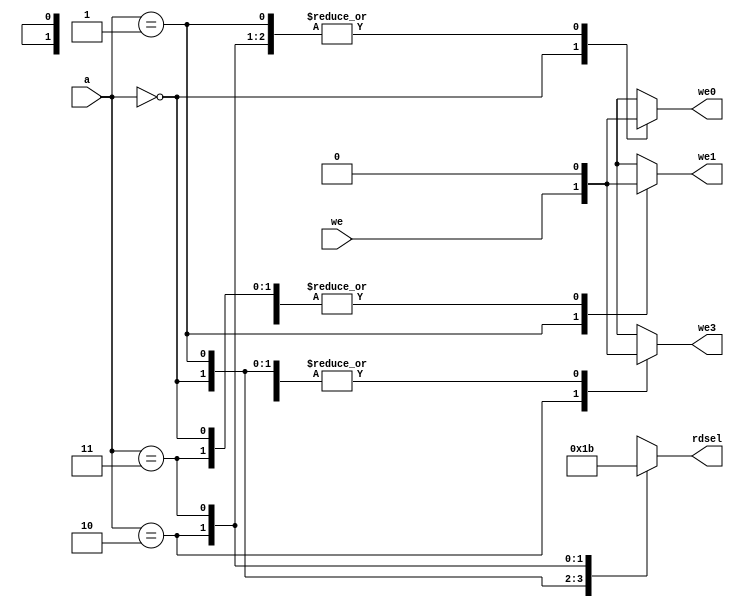
`timescale 1ns / 1ps
//////////////////////////////////////////////////////////////////////////////////
// Company: 
// Engineer: 
// 
// Design Name: 
// Module Name: fpmadec
// Project Name: 
// Target Devices: 
// Tool Versions: 
// Description: 
// 
// Dependencies: 
// 
// Revision:
// Revision 0.01 - File Created
// Additional Comments:
// 
//////////////////////////////////////////////////////////////////////////////////


module fpmadec(
input [1:0] a,
input we,
output reg we0, we1, we3,
output reg [1:0] rdsel
    );
    
always @ (*)
    begin
        case (a)
            2'b00:
                begin
                    we0 = we;
                    we1 = 0;
                    we3 = 0;
                    rdsel = 2'b00;
                end
            2'b01:
                begin
                    we0 = 0;
                    we1 = we;
                    we3 = 0;
                    rdsel = 2'b01;
                end    
            2'b10:
                begin
                    we0 = 0;
                    we1 = 0;
                    we3 = we;
                    rdsel = 2'b10;
                end    
            2'b11:
                begin
                    we0 = 0;
                    we1 = 0;
                    we3 = 0;
                    rdsel = 2'b11;
                end    
        endcase
    end    
endmodule